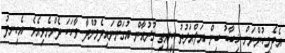
އެދެމީހުންނަށް ޚިބާބު ބިން އަލްއަރުތު ކީރިތި ގުރުއާން އުގަންނައިދެމުންދާ ވާހަކަ ދެންނެވިއެވެ. އެހިނދު